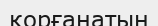
қорғанатын